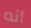
أنه